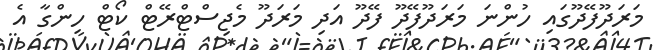
މަރަދޫފޭދޫގައި ހުންނަ މަރަދޫފޭދޫ ފޭދޫ އަދި މަރަދޫ މެޖިސްޓްރޭޓް ކޯޓް ހިންގާ އެ